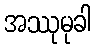
အဿုမုခါ